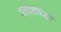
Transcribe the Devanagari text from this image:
पलाशवंडा